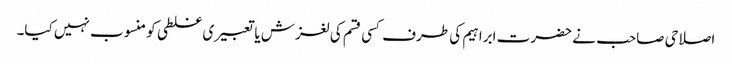
اصلاحی صاحب نے حضرت ابراہیم کی طرف کسی قسم کی لغزش یا تعبیری غلطی کو منسوب نہیں کیا۔